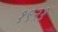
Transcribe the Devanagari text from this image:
१९२१़